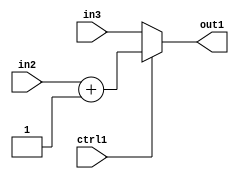
`timescale 1ps / 1ps
/*****************************************************************************
    Verilog RTL Description
    
    
    Created by: Stratus DpOpt 2019.1.01 
*******************************************************************************/

module pw_feature_addr_gen_MuxAdd2i1u8u8u1_1 (
	in3,
	in2,
	ctrl1,
	out1
	); /* architecture "behavioural" */ 
input [7:0] in3,
	in2;
input  ctrl1;
output [7:0] out1;
wire [7:0] asc001,
	asc002;

assign asc002 = 
	+(in2)
	+(8'B00000001);

reg [7:0] asc001_tmp_0;
assign asc001 = asc001_tmp_0;
always @ (ctrl1 or asc002 or in3) begin
	case (ctrl1)
		1'B1 : asc001_tmp_0 = asc002 ;
		default : asc001_tmp_0 = in3 ;
	endcase
end

assign out1 = asc001;
endmodule

/* CADENCE  v7PxTgk= : u9/ySgnWtBlWxVPRXgAZ4Og= ** DO NOT EDIT THIS LINE ******/